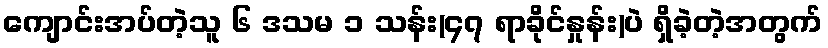
ကျောင်းအပ်တဲ့သူ ၆ ဒသမ ၁ သန်း(၄၇ ရာခိုင်နှုန်း)ပဲ ရှိခဲ့တဲ့အတွက်